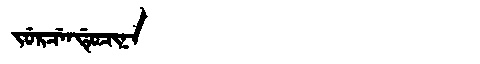
Manchu: ᠵᡠᡵᠴᡝᠨᡩᡠᠴᡳᠨᠠ
Romanization: JURCENDUCINA